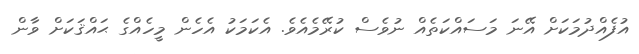
އުފެއްދުމަކަށް އޭނަ މަސައްކަތެއް ނުވެސް ކުރޭމެއެވެ. އެކަމަކު އެހެން މީހެއްގެ ޙައްޤަކަށް ވާން